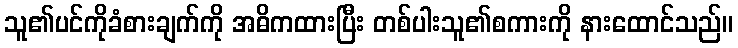
သူ၏ပင်ကိုခံစားချက်ကို အဓိကထားပြီး တစ်ပါးသူ၏စကားကို နားထောင်သည်။